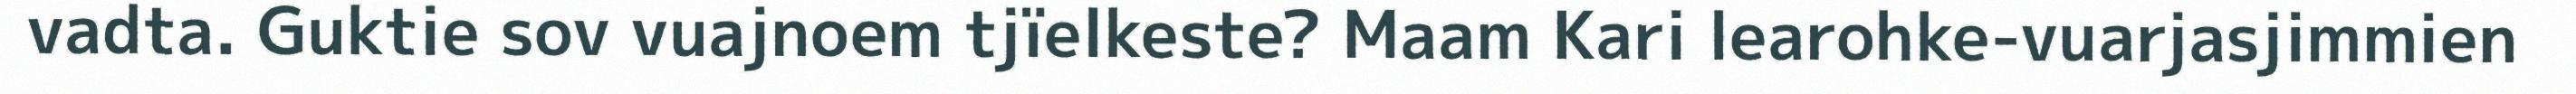
vadta. Guktie sov vuajnoem tjïelkeste? Maam Kari learohke-vuarjasjimmien